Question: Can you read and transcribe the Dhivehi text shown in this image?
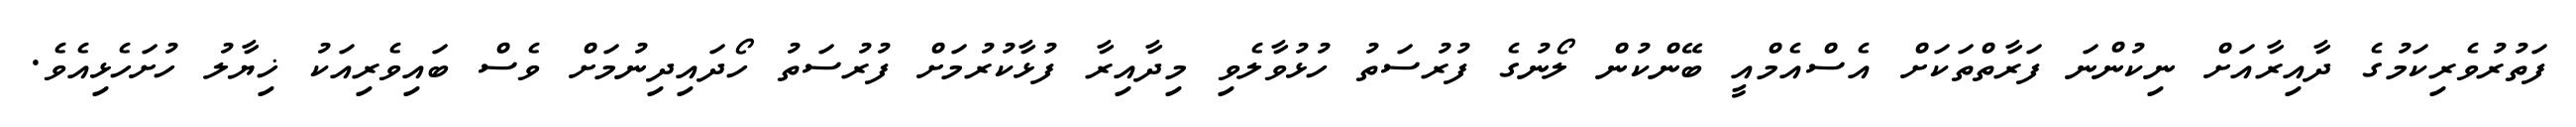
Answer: ފަތުރުވެރިކަމުގެ ދާއިރާއަށް ނިކުންނަ ފަރާތްތަކަށް އެސްއެމްއީ ބޭންކުން ލޯނުގެ ފުރުސަތު ހުޅުވާލެވި މިދާއިރާ ފުޅާކުރުމަށް ފުރުސަތު ހޯދައިދިނުމަށް ވެސް ބައިވެރިއަކު ޚިޔާލު ހުށަހެޅިއެވެ.